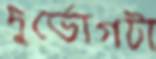
দুর্ভোগটা